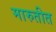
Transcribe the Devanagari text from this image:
मारुतीत